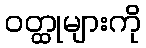
ဝတ္ထုများကို